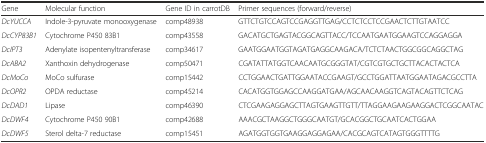
| Gene | Molecular function | Gene ID in carrotDB | Primer sequences (forward/reverse) |
 | --- | --- | --- | --- |
 | DcYUCCA | Indole-3-pyruvate monooxygenase | comp48938 | GTTCTGTCCAGTCCGAGGTTGAG/CCTCTCCTCCGAACTCTTGTAATCC |
 | DcCYP83B1 | Cytochrome P450 83B1 | comp43558 | GACATGCTGAGTACGGCAGTTACC/TCCAATGAATGGAAGTCCAGGAGGA |
 | DcIPT3 | Adenylate isopentenyltransferase | comp34617 | GAATGGAATGGTAGATGAGGCAAGACA/TCTCTAACTGGCGGCAGGCTAG |
 | DcABA2 | Xanthoxin dehydrogenase | comp50471 | CGATATTATGGTCAACAATGCGGGTAT/CGTCGTGCTGCTTACACTACTCA |
 | DcMoCo | MoCo sulfurase | comp15442 | CCTGGAACTGATTGGAATACCGAAGT/GCCTGGATTAATGGAATAGACGCCTTA |
 | DcOPR2 | OPDA reductase | comp45214 | CACATGGTGGAGCCAAGGATGAA/AGCAACAAGGTCAGTACAGTTCTCAG |
 | DcDAD1 | Lipase | comp46390 | CTCGAAGAGGAGCTTAGTGAAGTTGTT/TTAGGAAGAAGAAGGACTCGGCAATAC |
 | DcDWF4 | Cytochrome P450 90B1 | comp42688 | AAACGCTAAGGCTGGGCAATGT/GCACGGCTGCAATCACTGGAA |
 | DcDWF5 | Sterol delta-7 reductase | comp15451 | AGATGGTGGTGAAGGAGGAGAA/CACGCAGTCATAGTGGGTTTTG |